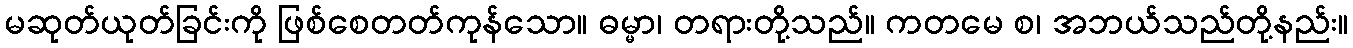
မဆုတ်ယုတ်ခြင်းကို ဖြစ်စေတတ်ကုန်သော။ ဓမ္မာ၊ တရားတို့သည်။ ကတမေ စ၊ အဘယ်သည်တို့နည်း။